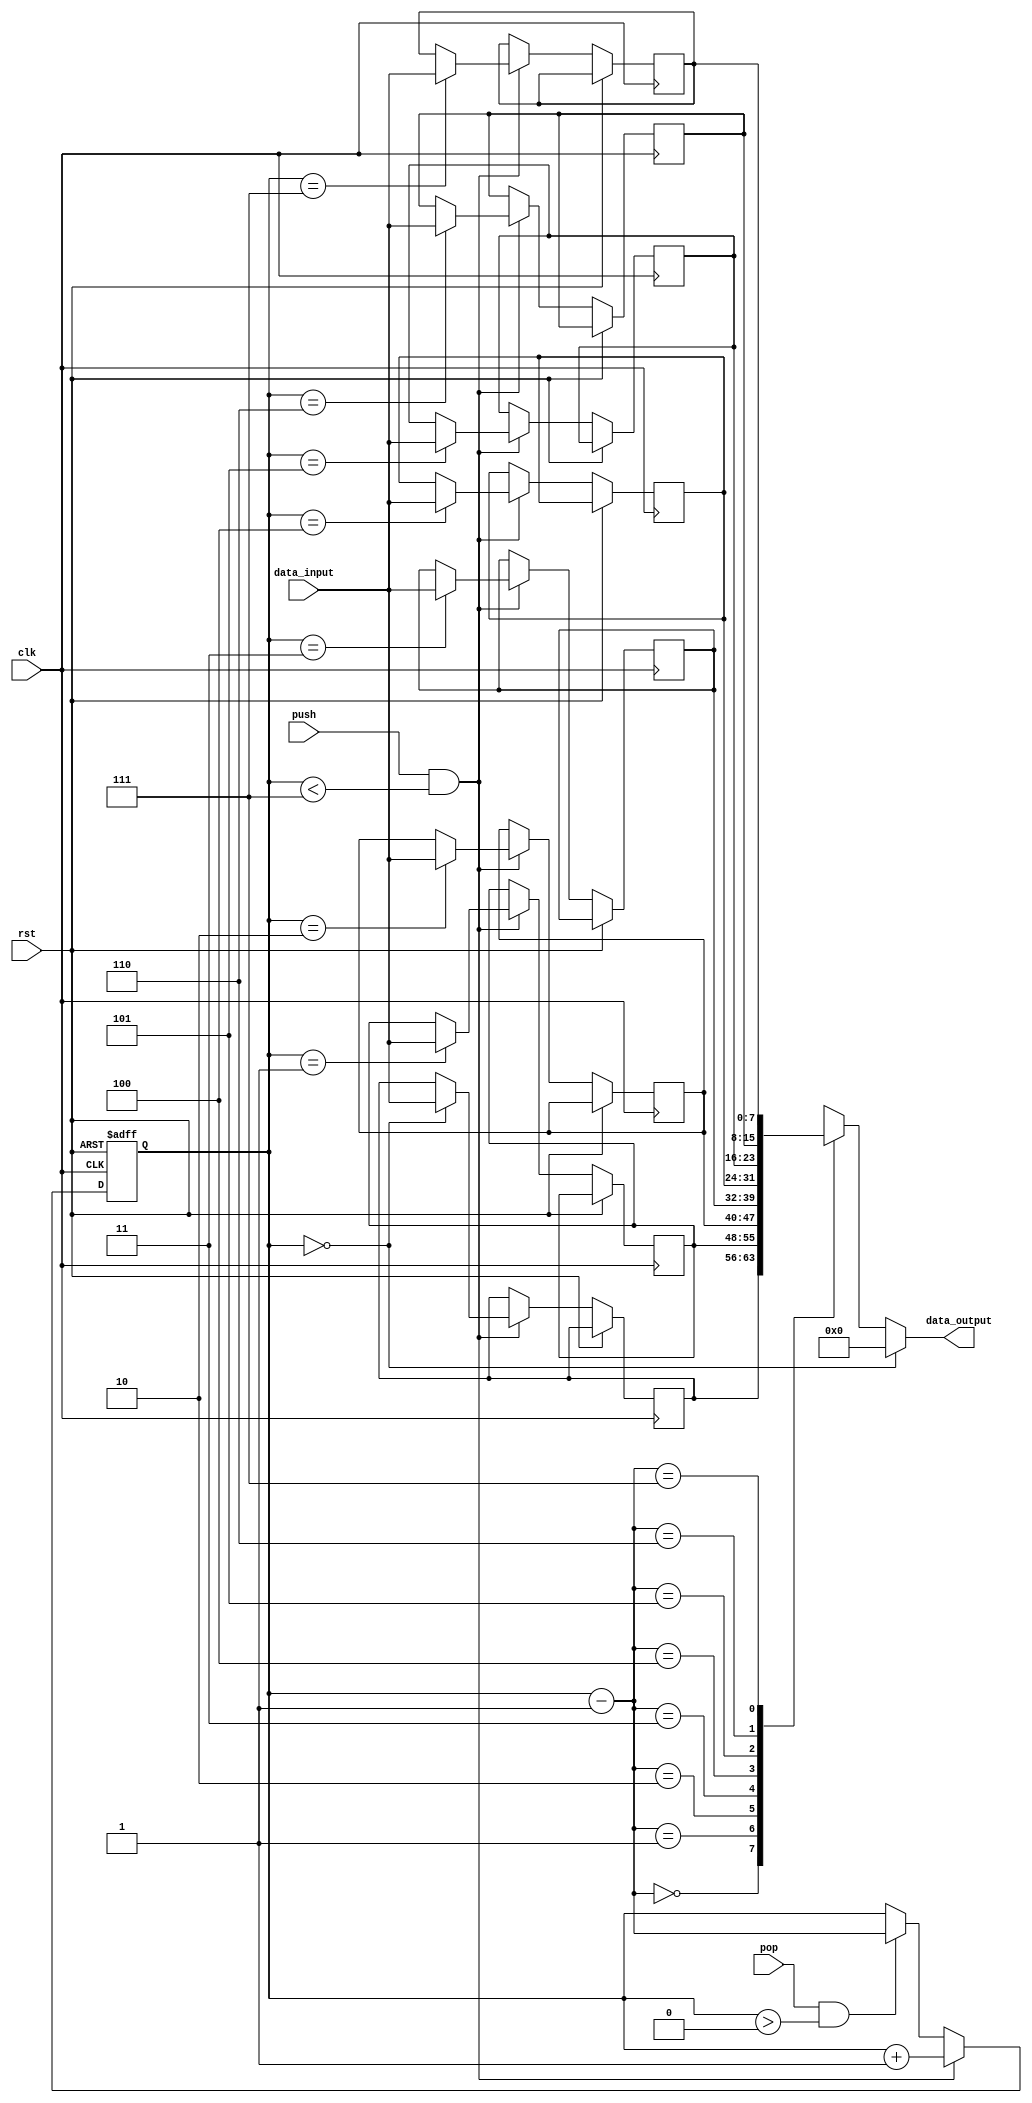
module lifo_block (
    input wire clk,
    input wire rst,
    input wire push,
    input wire pop,
    input wire [7:0] data_input,
    output reg [7:0] data_output
);

reg [7:0] stack [0:7];
reg [2:0] top; // points to top of stack

always @(posedge clk or posedge rst) begin
    if (rst) begin
        top <= 0;
    end else begin
        if (push && (top < 7)) begin // push data onto stack
            stack[top] <= data_input;
            top <= top + 1;
        end else if (pop && (top > 0)) begin // pop data from stack
            top <= top - 1;
        end
    end
end

always @(*) begin
    if (top == 0) begin
        data_output = 8'd0; // stack is empty
    end else begin
        data_output = stack[top - 1];
    end
end

endmodule